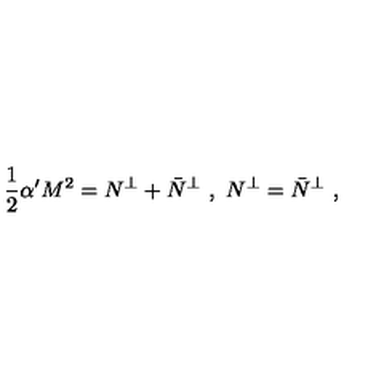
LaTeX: \frac { 1 } { 2 } \alpha ^ { \prime } M ^ { 2 } = N ^ { \perp } + \bar { N } ^ { \perp } \ , \ N ^ { \perp } = \bar { N } ^ { \perp } \ ,